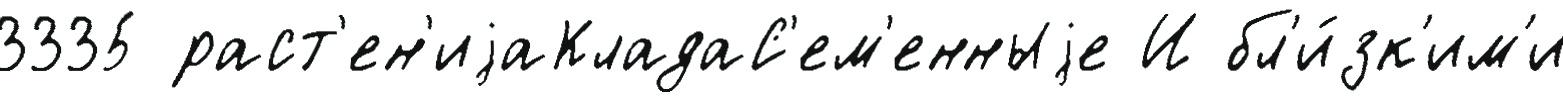
3335 раст'ен'иjаКладаС'ем'енныjе И бл'и́зк'им'и